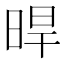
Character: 晘